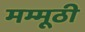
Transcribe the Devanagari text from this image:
मम्मूठी